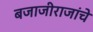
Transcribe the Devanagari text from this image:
बजाजीराजांचे